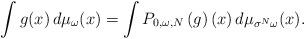
LaTeX: \begin{align*} \int g(x) \, d\mu_{\omega}(x) =\int P_{0,\omega,N} \left( g \right) (x)\, d\mu_{\sigma^N \omega} (x).\end{align*}